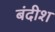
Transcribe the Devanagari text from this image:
बंदीश